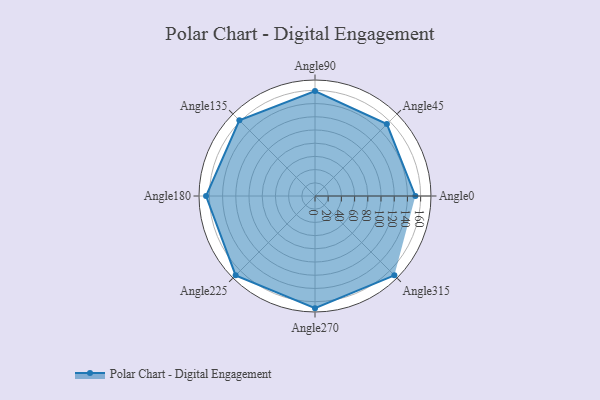
{"axis": {"x": "Angle", "y": "Radius"}, "legend": [""], "data": [{"x": "Angle0", "y": 152.0, "type": ""}, {"x": "Angle45", "y": 154.0, "type": ""}, {"x": "Angle90", "y": 159.0, "type": ""}, {"x": "Angle135", "y": 162.0, "type": ""}, {"x": "Angle180", "y": 165.0, "type": ""}, {"x": "Angle225", "y": 170.0, "type": ""}, {"x": "Angle270", "y": 170, "type": ""}, {"x": "Angle315", "y": 170, "type": ""}]}